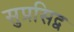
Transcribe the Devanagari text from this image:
सुप्रसिद्व